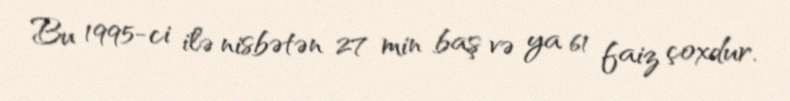
Bu 1995-ci ilə nisbətən 27 min baş və ya 61 faiz çoxdur.